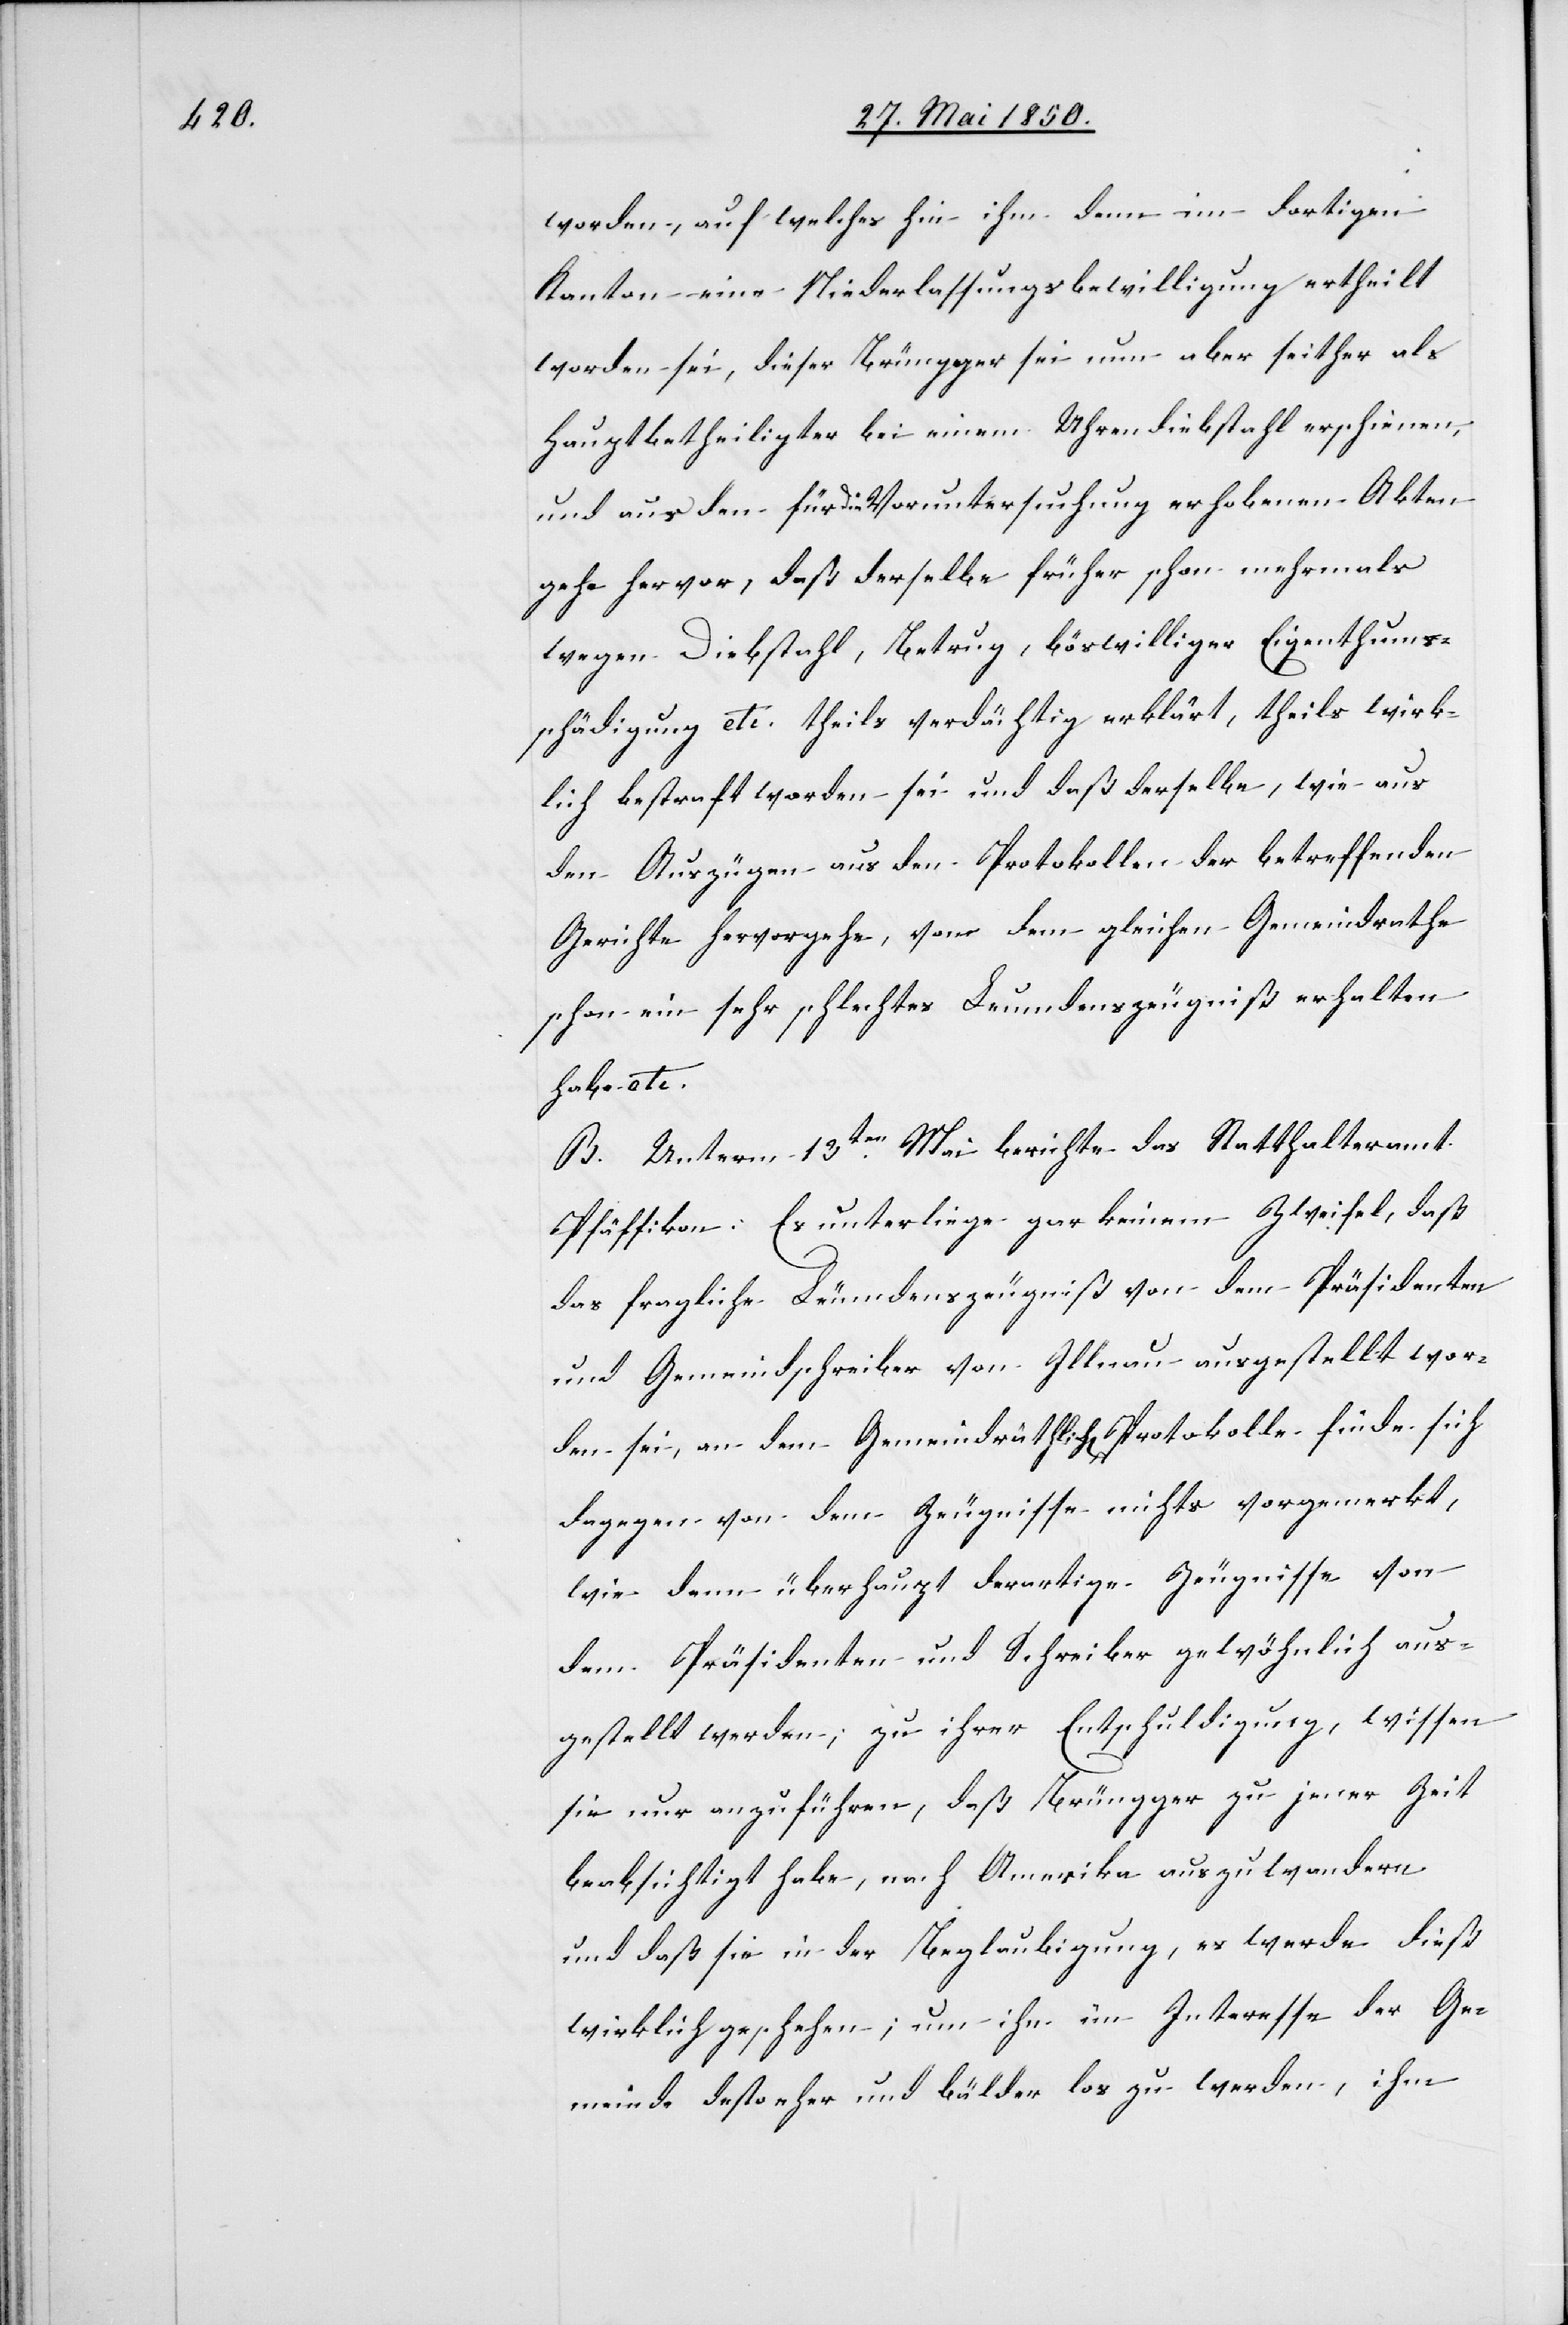
worden, auf welches hin ihm denn im dortigen
Kanton eine Niederlassungsbewilligung ertheilt
worden sei, dieser Brüngger sei nun aber seither als
Hauptbetheiligter bei einem Uhrendiebstahl erschienen,
und aus den für die Voruntersuchung erhobenen Akten
gehe hervor, daß derselbe früher schon mehrmals
wegen Diebstahl, Betrug, böswilliger Eigenthums¬
schädigung etc. theils verdächtig erklärt, theils wirk¬
lich bestraft worden sei und daß derselbe, wie aus
den Auszügen aus den Protokollen der betreffenden
Gerichte hervorgehe, von dem gleichen Gemeindrathe
schon ein sehr schlechtes Leumdenszeugniß erhalten
habe etc.
B. Unterm 13ten Mai berichte das Statthalteramt
Pfäffikon: Es unterliege gar keinem Zweifel, daß
das fragliche Leumdenszeugniß von dem Präsidenten
und Gemeindschreiber von Illnau ausgestellt wor¬
den sei, an dem Gemeindräthlich[en] Protokolle finde sich
dagegen von dem Zeugnisse nichts vorgemerkt,
wie denn überhaupt derartige Zeugnisse von
dem Präsidenten und Schreiber gewöhnlich aus¬
gestellt werden; zu ihrer Entschuldigung, wissen
sie nur anzuführen, daß Brüngger zu jener Zeit
beabsichtigt habe, nach Amerika auszuwandern
und daß sie in der Beglaubigung, es werde dieß
wirklich geschehen; um ihn im Interesse der Ge¬
meinde desto eher und bälder los zu werden, ihm